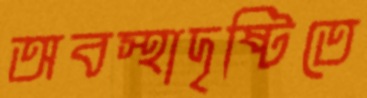
অবস্থাদৃষ্টিতে